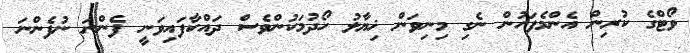
ވޯޓްގެ ކުރިން އެންމެފަހުން ނެގި މިނިވަން ޚިޔާލު ހޯދުމަކުންވެސް ދައްކާފައިވަނީ ފެންނަ ނުފެންނަ